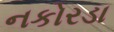
નકોરડા